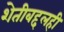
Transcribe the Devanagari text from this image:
शेतीबद्दलही